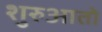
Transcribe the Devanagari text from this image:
शुरुआतो